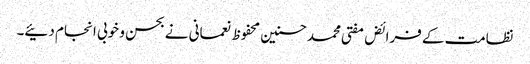
نظامت کے فرائض مفتی محمدحسنین محفوظ نعمانی نے بحسن و خوبی انجام دئیے۔